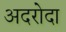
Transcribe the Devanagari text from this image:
अदरोदा